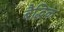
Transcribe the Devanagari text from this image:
बैद्धिक